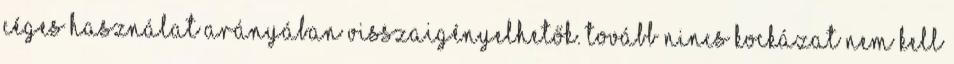
céges használat arányában visszaigényelhetők. Tovább Nincs kockázat Nem kell